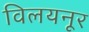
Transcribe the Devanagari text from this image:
विलयनूर